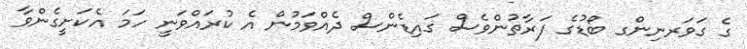
ގެ ގަވަރނިންގ ބޯޑުގެ ފަރާތުންވެސް ގައިޑެންސް ދެއްވަމުން އެ ކުރައްވަނީ ހަމަ އެކަށީގެންވާ